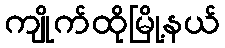
ကျိုက်ထိုမြို့နယ်